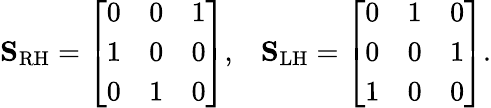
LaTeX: \mathbf{S}_{\mathrm{RH}}=\left[\begin{array}{lll}{0}&{0}&{1}\\ {1}&{0}&{0}\\ {0}&{1}&{0}\end{array}\right],\; \; \; \mathbf{S}_{\mathrm{LH}}=\left[\begin{array}{lll}{0}&{1}&{0}\\ {0}&{0}&{1}\\ {1}&{0}&{0}\end{array}\right].